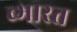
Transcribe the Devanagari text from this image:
ब्भारत